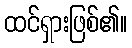
ထင်ရှားဖြစ်၏။